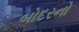
બોદરનો